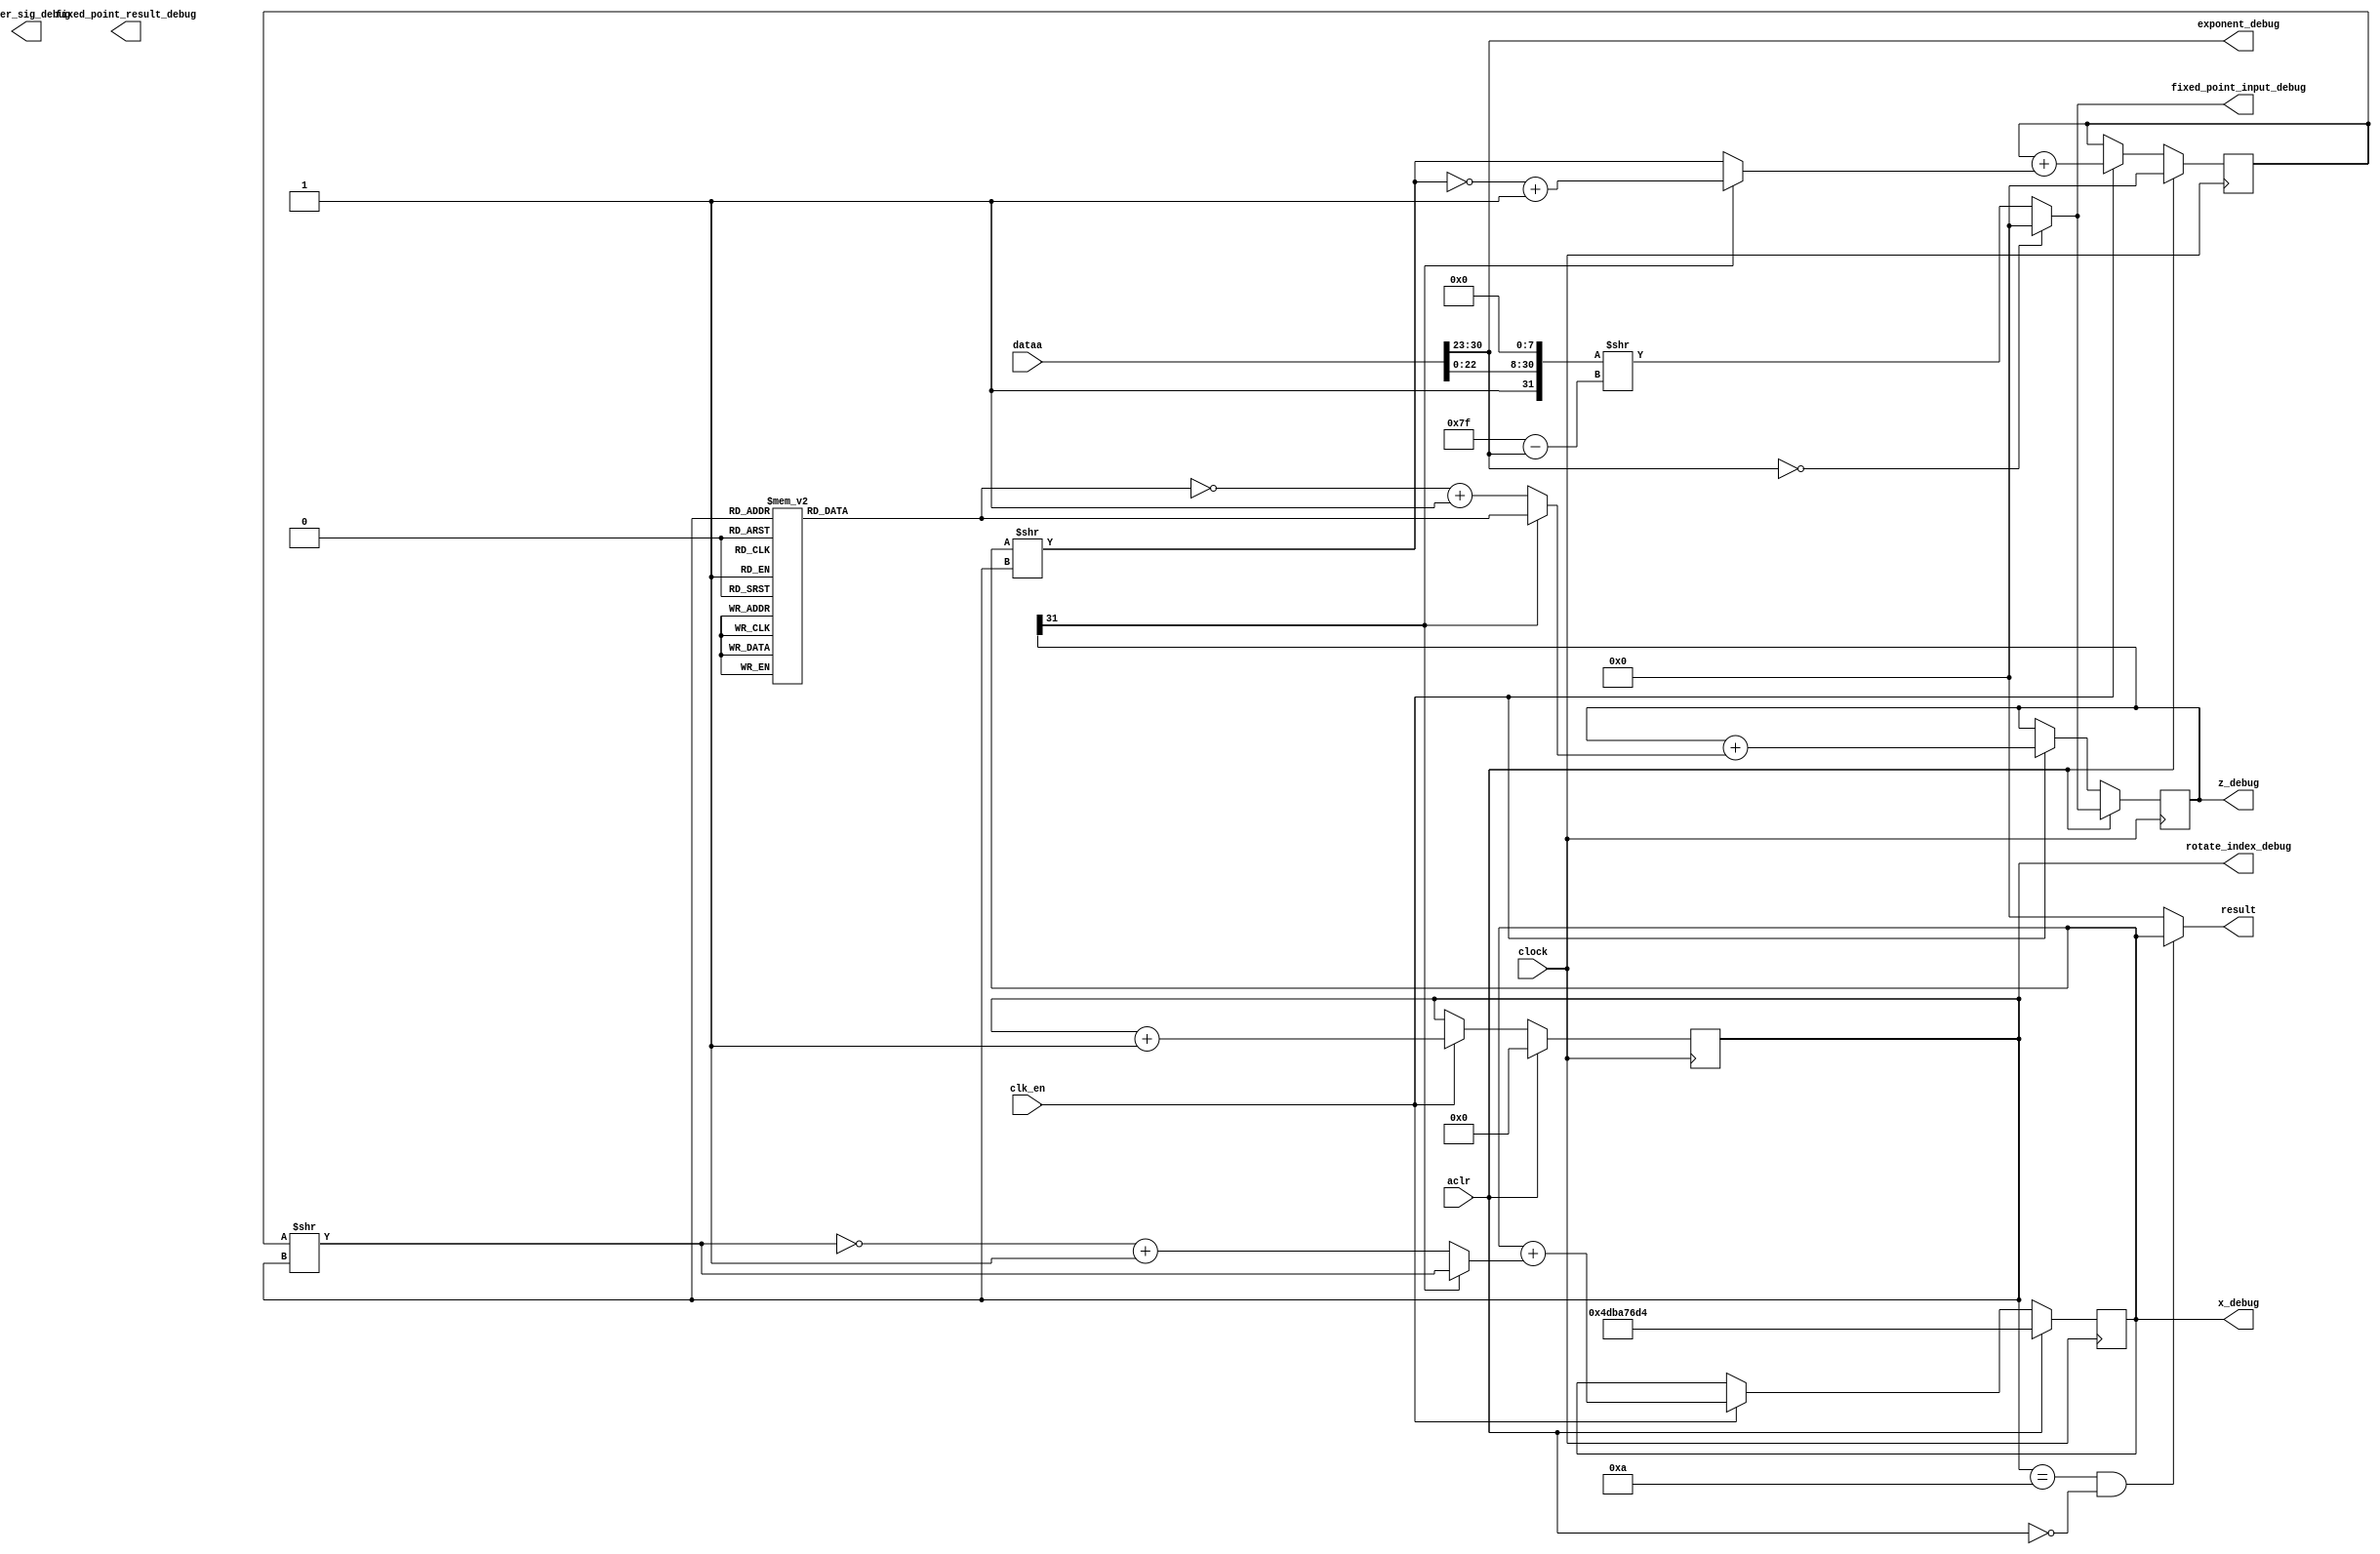
module cordic(
    aclr,
	clk_en,
	clock,
	dataa,
	result,
    rotate_index_debug,
    x_debug,
    z_debug,
    fixed_point_input_debug,
    exponent_debug,
    inter_sig_debug,
    fixed_point_result_debug);

	input	  aclr;
	input	  clk_en;
	input	  clock;
	input	[31:0]  dataa; // this is the floating point input
	output	[31:0]  result;
    output [3:0] rotate_index_debug;
    output [31:0] x_debug;
    output [31:0] z_debug;
    output [31:0] fixed_point_input_debug;
    output [7:0] exponent_debug;
    output [31:0] inter_sig_debug;
	 output [31:0] fixed_point_result_debug;

    // decode floating point to fix point input using 32 bit fixed point.
    wire sign; 
    wire [7:0] exponent; 
    wire [22:0] significand;
    
    assign sign = dataa[31];
    assign exponent = dataa[30:23];
    assign significand = dataa[22:0];
    
    
    wire [31:0] fixed_point_input;
    assign fixed_point_input = (exponent == 8'b0) ? 32'b0 : (({1'b1, significand, 8'b0}) >> (7'd127-exponent));

    reg [31:0] x;
    reg [31:0] y;
    reg [31:0] z;
    reg [3:0] rotate_index; // 4 bits so the variable is enough to cover 10 rotation.

    assign result = (rotate_index==10 && !aclr) ? x : 32'b0;
    assign rotate_index_debug = rotate_index;
    assign x_debug = x;
    assign z_debug = z;
    assign fixed_point_input_debug = fixed_point_input;
    assign exponent_debug = exponent;


    //-------------------------------------cordic------------------------------------
    reg [31:0] rotateAngle; // in radian
    always@(*) begin
        case(rotate_index)
            4'd0    : rotateAngle = 32'b01100100100001111110110101010000 ;
            4'd1    : rotateAngle = 32'b00111011010110001100111000001010 ;
            4'd2    : rotateAngle = 32'b00011111010110110111010111111000 ;
            4'd3    : rotateAngle = 32'b00001111111010101101110101001100 ;
            4'd4    : rotateAngle = 32'b00000111111111010101011011101101 ;
            4'd5    : rotateAngle = 32'b00000011111111111010101010110110 ;
            4'd6    : rotateAngle = 32'b00000001111111111111010101010100 ;
            4'd7    : rotateAngle = 32'b00000000111111111111111010101010 ;
            4'd8    : rotateAngle = 32'b00000000011111111111111111010101 ;
            4'd9    : rotateAngle = 32'b00000000001111111111111111111011 ;
            default : rotateAngle = 0; 		
        endcase
    end

    //-------------------------------------cordic------------------------------------
    
    
    reg [31:0] offsetX;
    reg [31:0] offsetY;
    reg [31:0] offsetZ;


    always @(*) begin
        if(z[31]==0) begin
            offsetX = ~(y >> rotate_index) + 1'b1;
            offsetY = x >> rotate_index;
            offsetZ = ~(rotateAngle) + 1'b1;
        end 
        else begin
            offsetX = y >> rotate_index;
            offsetY = ~(x >> rotate_index) + 1'b1;
            offsetZ = rotateAngle;
        end
    end

    // TODO: Non pipeline version, initialise condition:  every 10 clock, fixed_point_input changed ... 
    always @(posedge clock) begin
        if (aclr) begin
            rotate_index <= 4'b0;
            x <= 32'b01001101101110100111011011010100;
            y <= 32'b0;
            z <= fixed_point_input;
        end 
        else if (clk_en) begin
            rotate_index <= rotate_index + 1'b1;
            x <= x + offsetX;
            y <= y + offsetY;
            z <= z + offsetZ;
        end
    end


endmodule

















//
//
//module priority_encoder32(
//    encoder_input,
//    encoder_output,
//    valid 
//);
//    // High level
//    input [31:0] encoder_input;
//    output reg [4:0] encoder_output;
//    output reg valid; 
//
//    // Intermediate block variable
//    reg [3:0] encoder_input0,encoder_input1,encoder_input2,encoder_input3,encoder_input4,encoder_input5,encoder_input6,encoder_input7;
//    reg [1:0] encoder_output0,encoder_output1,encoder_output2,encoder_output3,encoder_output4,encoder_output5,encoder_output6,encoder_output7;
//    reg valid0,valid1,valid2,valid3,valid4,valid5,valid6,valid7;
//    
//    always@(*) begin
//        encoder_input7 = encoder_input[3:0];
//        encoder_input6 = encoder_input[7:4];
//        encoder_input5 = encoder_input[11:8];
//        encoder_input4 = encoder_input[15:12];
//
//        encoder_input3 = encoder_input[19:16];
//        encoder_input2 = encoder_input[23:21];
//        encoder_input1 = encoder_input[27:24];
//        encoder_input0 = encoder_input[31:28];
//    end 
//
//    priority_encoder encoder0( encoder_input0, encoder_output0, valid0 );
//    priority_encoder encoder1( encoder_input1, encoder_output1, valid1 );
//    priority_encoder encoder2( encoder_input2, encoder_output2, valid2 );
//    priority_encoder encoder3( encoder_input3, encoder_output3, valid3 );
//    priority_encoder encoder4( encoder_input4, encoder_output4, valid4 );
//    priority_encoder encoder5( encoder_input5, encoder_output5, valid5 );
//    priority_encoder encoder6( encoder_input6, encoder_output6, valid6 );
//    priority_encoder encoder7( encoder_input7, encoder_output7, valid7 );
//
//    // produce selected(encoder_output8) and appended bits(encoder_output8) and valid(valid)
//    // TODO: invalid case is not produced;
//    reg [7:0] encoder_input8;
//    reg [2:0] encoder_output8;
//    assign encoder_input8 = {valid0,valid1,valid2,valid3,valid4,valid5,valid6,valid7};
//
//    priority_encoder8 encoder8( encoder_input8, encoder_output8, valid );
//
//    always@(valid) begin
//        if(valid == 1) begin
//            case (encoder_output8)
//                0 : encoder_output = {encoder_output8, encoder_output0};
//                1 : encoder_output = {encoder_output8, encoder_output1};
//                2 : encoder_output = {encoder_output8, encoder_output2};
//                3 : encoder_output = {encoder_output8, encoder_output3};
//                4 : encoder_output = {encoder_output8, encoder_output4};
//                5 : encoder_output = {encoder_output8, encoder_output5};
//                6 : encoder_output = {encoder_output8, encoder_output6};
//                7 : encoder_output = {encoder_output8, encoder_output7};
//                default :  encoder_output = 5'b0;
//            endcase
//        end
//    end 
//endmodule
//
//
//module priority_encoder(
//    encoder_input,
//    encoder_output,
//    valid
//);
//// priority encoder
//// 4-to-2 encoder
//
//    input [3:0] encoder_input;
//    output reg [1:0] encoder_output;
//    output reg valid;
//
//    always@(*) begin
//        encoder_output[0] = ((!encoder_input[3]) & encoder_input[2]) | ((!encoder_input[3])&(!encoder_input[1])&(encoder_input[0]));
//        encoder_output[1] = (!encoder_input[2]) & (!encoder_input[3]);
//        valid = encoder_input[0] | encoder_input[1] | encoder_input[3] | encoder_input[2];
//    end 
//
//endmodule
//
//
//module priority_encoder8(
//    encoder_input,
//    encoder_output,
//    valid
//);
//// priority encoder
//// 8-to-3 encoder
//
//    input [7:0] encoder_input;
//    output reg [2:0] encoder_output;
//    output reg valid;
//
//
//    reg [3:0] encoder_input8_0,encoder_input8_1;
//    reg [1:0] encoder_output8_0,encoder_output8_1;
//    reg valid8_0,valid8_1;
//    reg select8;
//
//    always@(*)begin
//        encoder_input8_1 = encoder_input[3:0];
//        encoder_input8_0 = encoder_input[7:4];
//    end
//
//    priority_encoder encoder8_0( encoder_input8_0, encoder_output8_0, valid8_0 );
//    priority_encoder encoder8_1( encoder_input8_1, encoder_output8_1, valid8_1 );
//
//    assign encoder_output = (valid8_0==1)? {1'b0,encoder_output8_0} : {1'b1,encoder_output8_1};
//    assign valid = valid8_0 | valid8_1;
//
//
//endmodule